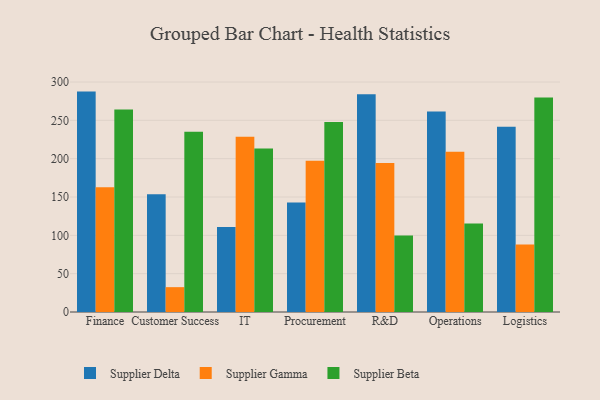
{"axis": {"x": "Department", "y": "Shipments"}, "legend": ["Supplier Beta", "Supplier Delta", "Supplier Gamma"], "data": [{"x": "Finance", "y": 287.5, "type": "Supplier Delta"}, {"x": "Finance", "y": 162.8, "type": "Supplier Gamma"}, {"x": "Finance", "y": 264.1, "type": "Supplier Beta"}, {"x": "Customer Success", "y": 153.7, "type": "Supplier Delta"}, {"x": "Customer Success", "y": 32.4, "type": "Supplier Gamma"}, {"x": "Customer Success", "y": 235.0, "type": "Supplier Beta"}, {"x": "IT", "y": 110.8, "type": "Supplier Delta"}, {"x": "IT", "y": 228.6, "type": "Supplier Gamma"}, {"x": "IT", "y": 213.2, "type": "Supplier Beta"}, {"x": "Procurement", "y": 142.7, "type": "Supplier Delta"}, {"x": "Procurement", "y": 197.3, "type": "Supplier Gamma"}, {"x": "Procurement", "y": 248.0, "type": "Supplier Beta"}, {"x": "R&D", "y": 284.2, "type": "Supplier Delta"}, {"x": "R&D", "y": 194.2, "type": "Supplier Gamma"}, {"x": "R&D", "y": 99.7, "type": "Supplier Beta"}, {"x": "Operations", "y": 261.4, "type": "Supplier Delta"}, {"x": "Operations", "y": 209.2, "type": "Supplier Gamma"}, {"x": "Operations", "y": 115.4, "type": "Supplier Beta"}, {"x": "Logistics", "y": 241.6, "type": "Supplier Delta"}, {"x": "Logistics", "y": 88.2, "type": "Supplier Gamma"}, {"x": "Logistics", "y": 279.8, "type": "Supplier Beta"}]}